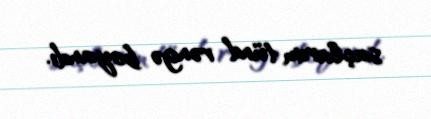
saçlarım tünd rəngə boyandı.